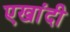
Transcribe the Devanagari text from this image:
एखांदी